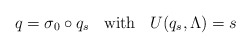
\begin{align*}q=\sigma_0\circ q_s \;\;\mbox{ with }\;\; U(q_s,\Lambda)=s\end{align*}